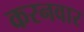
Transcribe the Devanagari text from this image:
करनवार